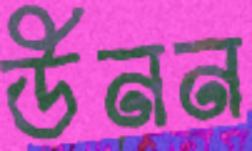
উনন